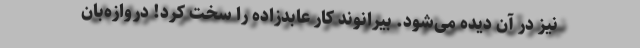
نیز در آن دیده می‌شود. بیرانوند کار عابدزاده را سخت کرد! دروازه‌بان